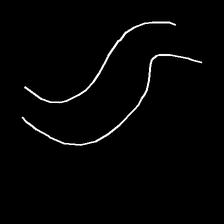
Glyph: float